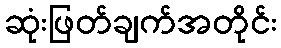
ဆုံးဖြတ်ချက်အတိုင်း